Senior Leaving Certificate Examination (including Day School Certificate (Higher) General paper), 1950
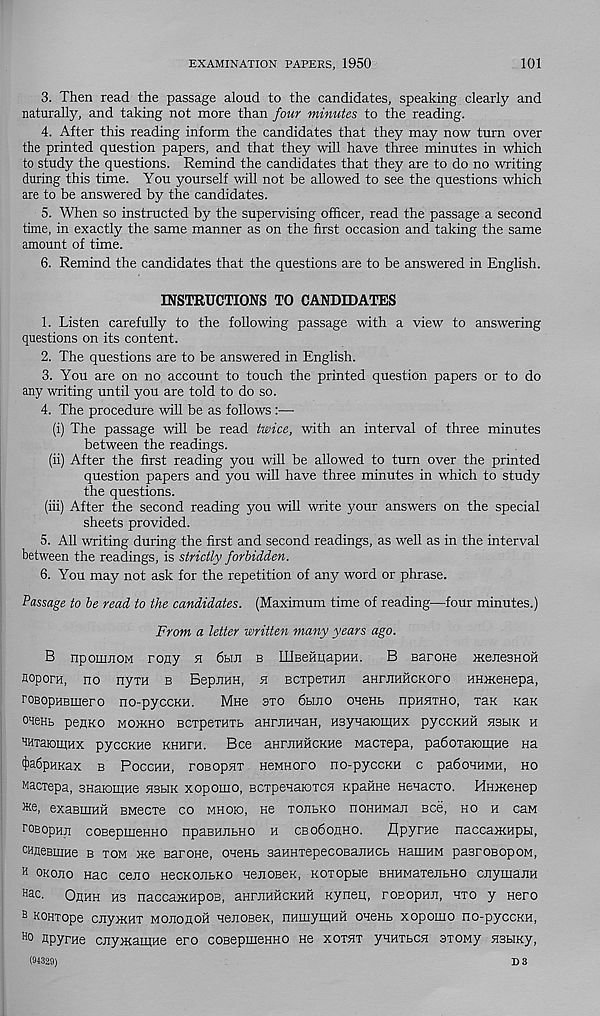
EXAMINATION PAPERS, 1950
101
3. Then read the passage aloud to the candidates, speaking clearly and
naturally, and taking not more than four minutes to the reading.
4. After this reading inform the candidates that they may now turn over
the printed question papers, and that they will have three minutes in which
to study the questions. Remind the candidates that they are to do no writing
during this time. You yourself will not be allowed to see the questions which
are to be answered by the candidates.
5. When so instructed by the supervising officer, read the passage a second
time, in exactly the same manner as on the first occasion and taking the same
amount of time.
6. Remind the candidates that the questions are to be answered in English.
INSTRUCTIONS TO CANDIDATES
1. Listen carefully to the following passage with a view to answering
questions on its content.
2. The questions are to be answered in English.
3. You are on no account to touch the printed question papers or to do
any writing until you are told to do so.
4. The procedure will be as follows :—
(i) The passage will be read twice, with an interval of three minutes
between the readings.
(ii) After the first reading you will be allowed to turn over the printed
question papers and you will have three minutes in which to study
the questions.
(iii) After the second reading you will write your answers on the special
sheets provided.
5. All writing during the first and second readings, as well as in the interval
between the readings, is strictly forbidden.
6. You may not ask for the repetition of any word or phrase.
Passage to be read to the candidates. (Maximum time of reading—four minutes.)
From a letter written many years ago.
B npomuoM rony a 6hji b IIJBeHuapHH.
B Barone meuesHOH
flopora, no nym b BepnuH, n BCxpeTHii aHPJiHHCK or o HHEKeHepa,
roBopHBiuero no-pyccKH.
Mne sxo 6bijio OHeHB iiphhtho, xan kuk
OHeHb peflKO MO>KHO BCTpeTHTB aHrJIHHaH, HSyuaiOmHX pyCCKHH hbbik h
HHiaiomHx pyccKHe khhxh. Bee aHniHHCKHe Macxepa, padoxaiomHe na
'MpHKax B POCCHH, XOBOpHT HeMHOXO nO-pyCCKH C padOHHMH, HO
Macxepa, snaiomHe hbbik xopomo, BCxpenaiOTCH KpaiiHe HenacTO. HniKeHep
exaBiiiHH BMecxe co mhok>, ne tojibko noHHMau see, ho h caM
roBopHu coBepmeHHO npaBHEBHO h cBobonHO.
Apyrae nacca>KHpbi,
CHfleBiifjge b tom Hie BaroHe, ohchb BaHHxepecoBaEHCB HamHM pasroBopoM,
H okojio nac ceEO HecKOUBKo HeiiOBeK, Koxopbie BHHMaxeubHO cuymaEH
Hac - Ohhh hb naccaiKHpoB, aHruHHCKHH Kynep, roEopHE, hto y Hero
B KOHTOpe CJiyiKHT MOEOHOH HeEOBeK, HHIIiymHH OH6Hb XOpOHIO HO-pycCKH,
Ho Epyrae cuyiKaiuHe ero coBepmemio He xotht yHHXbCH sxoMy HBbiKy,
(91329)
D 3